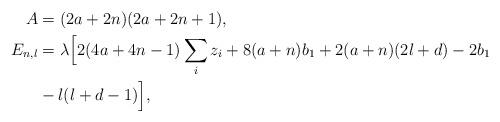
LaTeX: \begin{align*} A & = (2a+2n)(2a+2n+1), \\ E_{n,l} & = \lambda\Bigl[2(4a+4n-1) \sum_i z_i + 8(a+n)b_1 + 2(a+n)(2l+d) - 2b_1 \\ & {}- l(l+d-1)\Bigr],\end{align*}